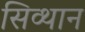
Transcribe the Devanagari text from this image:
सिव्थान